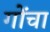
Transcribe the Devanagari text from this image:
गोंचा